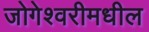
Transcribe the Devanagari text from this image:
जोगेश्वरीमधील